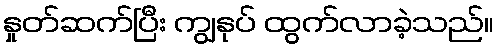
နှုတ်ဆက်ပြီး ကျွနုပ် ထွက်လာခဲ့သည်။